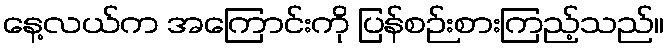
နေ့လယ်က အကြောင်းကို ပြန်စဉ်းစားကြည့်သည်။